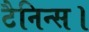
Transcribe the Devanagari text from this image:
टैनिन्स।